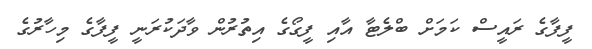
ފީފާގެ ރައީސް ކަމަށް ބްލެޓާ އާއި ފީގޯގެ އިތުރުން ވާދަކުރަނީ ފީފާގެ މިހާރުގެ